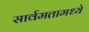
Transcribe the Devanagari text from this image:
सार्वमतामध्ये